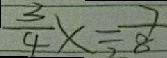
\frac { 3 } { 4 } x = \frac { 7 } { 8 }